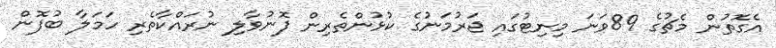
އެގޮތުން މެޗުގެ 89ވަނަ މިނިޓުގައި ޖަރުމަނުގެ ކުޅުންތެރިން ފޮނުވާލި ނުރައްކާތެރި ހަމަލާ ބުފޮން